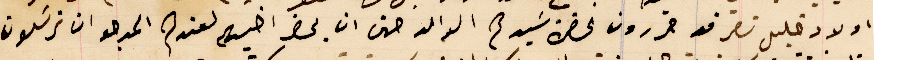
اولاد خليل نصر قد حررون لحضرة سَيدهم الوالد حتى ان يحضر اخيهم لعندهم المرجو ان ترسَلون